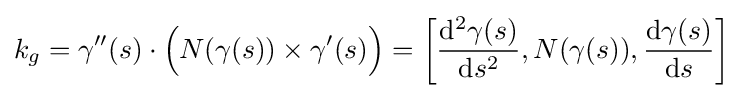
k_{g}=\gamma ''(s)\cdot {\Big (}N(\gamma (s))\times \gamma '(s){\Big )}=\left[{\frac {\mathrm {d} ^{2}\gamma (s)}{\mathrm {d} s^{2}}},N(\gamma (s)),{\frac {\mathrm {d} \gamma (s)}{\mathrm {d} s}}\right]